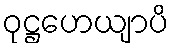
ဝုဋ္ဌဟေယျာပိ